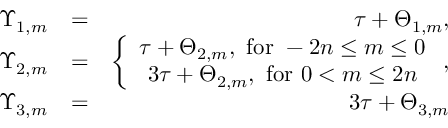
\begin{array} { r l r } { \Upsilon _ { 1 , m } } & { = } & { \tau + \Theta _ { 1 , m } , } \\ { \Upsilon _ { 2 , m } } & { = } & { \left\{ \begin{array} { c } { \tau + \Theta _ { 2 , m } , \mathrm { ~ f o r ~ } - 2 n \leq m \leq 0 } \\ { 3 \tau + \Theta _ { 2 , m } , \mathrm { ~ f o r ~ } 0 < m \leq 2 n } \end{array} \right. , } \\ { \Upsilon _ { 3 , m } } & { = } & { 3 \tau + \Theta _ { 3 , m } } \end{array}